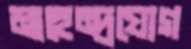
মাহেন্দ্রযোগ